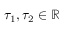
\tau _ { 1 } , \tau _ { 2 } \in \mathbb { R }